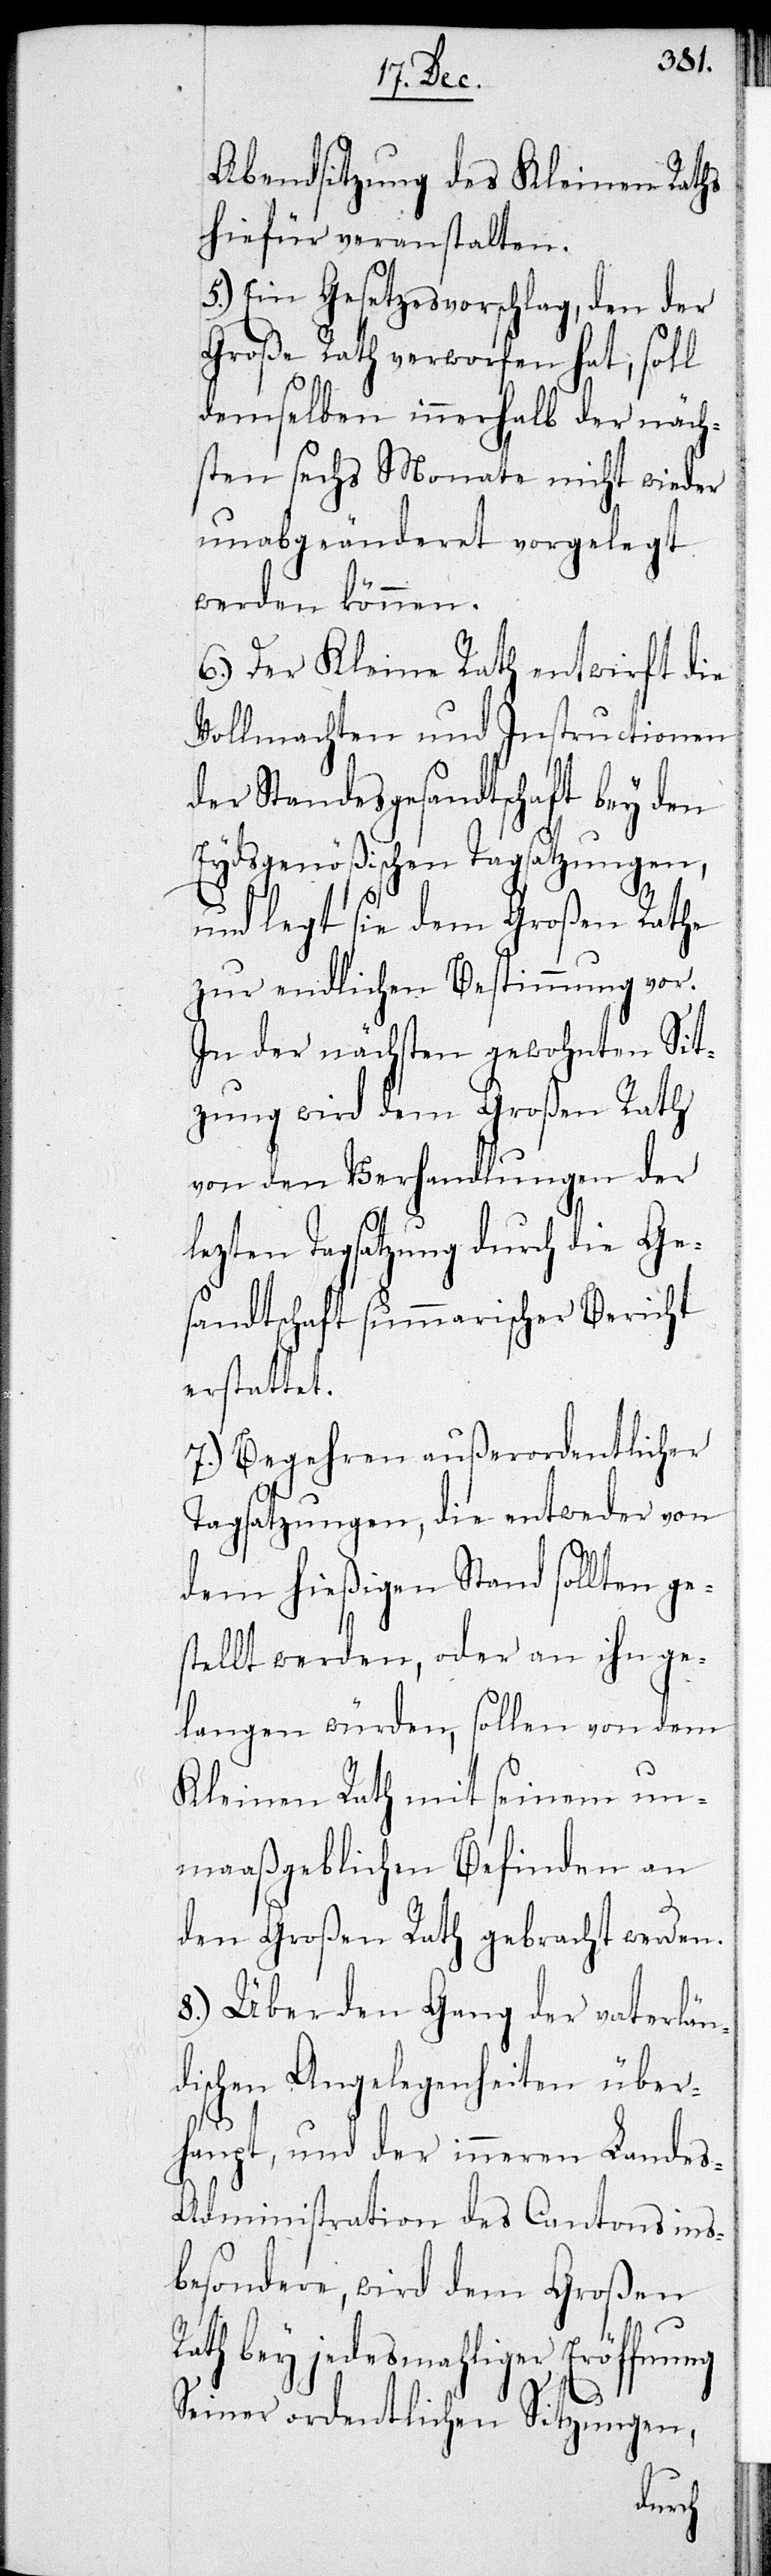
Abendsitzung des Kleinen Raths
hiefür veranstalten.
5.) Ein Gesetzesvorschlag, den der
Große Rath verworfen hat, soll
demselben innerhalb der näch¬
sten sechs Monate nicht wieder
unabgeänderet vorgelegt
werden können.
6.) Der Kleine Rath entwirft die
Vollmachten und Instructionen
der Standesgesandtschaft bey den
Eydsgenößischen Tagsatzungen,
und legt sie dem Großen Rathe
zur endlichen Bestimmung vor.
In der nächsten gewohnten Sit¬
zung wird dem Großen Rath
von den Verhandlungen der
lezten Tagsatzung durch die Ge¬
sandtschaft summarischer Bericht
erstattet.
7.) Begehren außerordentlicher
Tagsatzungen, die entweder von
dem hießigen Stand sollten ge¬
stellt werden, oder an ihn ge¬
langen würden, sollen von dem
Kleinen Rath mit seinem un¬
maßgeblichen Befinden an
den Großen Rath gebracht werden.
8.) Über den Gang der vaterlän¬
dischen Angelegenheiten über¬
haupt, und der inneren Lande¬
s-Administration des Cantons ins¬
besondere, wird dem Großen
bey jedesmahliger Eröffnung
Seiner ordentlichen Sitzungen,